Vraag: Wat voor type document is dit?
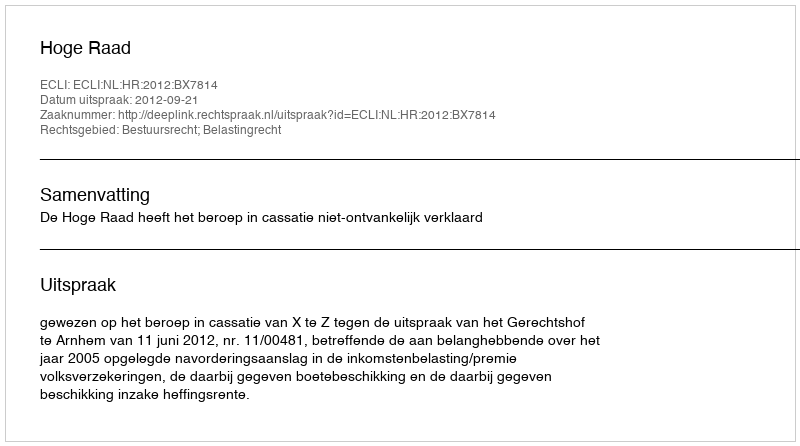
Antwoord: Uitspraak